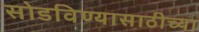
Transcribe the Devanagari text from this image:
सोडविण्यासाठीच्या